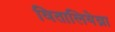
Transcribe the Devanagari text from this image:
वितालियेव्ना